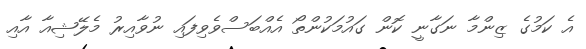
އެ ކަމުގެ ޒިންމާ ނަގާނީ ކޮން ގައުމަކުންތޯ އެއްބަސްވެވިފައި ނުވާއިރު މެލޭޝިއާ އާއި